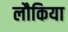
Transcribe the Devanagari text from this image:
लौकिया